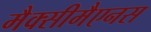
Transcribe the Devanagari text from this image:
मैक्सीमैएनस